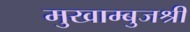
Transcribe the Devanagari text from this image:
मुखाम्बुजश्री